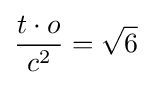
{\frac {t\cdot o}{c^{2}}}={\sqrt {6}}